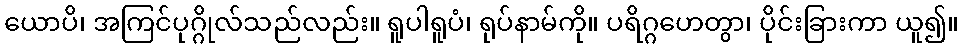
ယောပိ၊ အကြင်ပုဂ္ဂိုလ်သည်လည်း။ ရူပါရူပံ၊ ရုပ်နာမ်ကို။ ပရိဂ္ဂဟေတွာ၊ ပိုင်းခြားကာ ယူ၍။